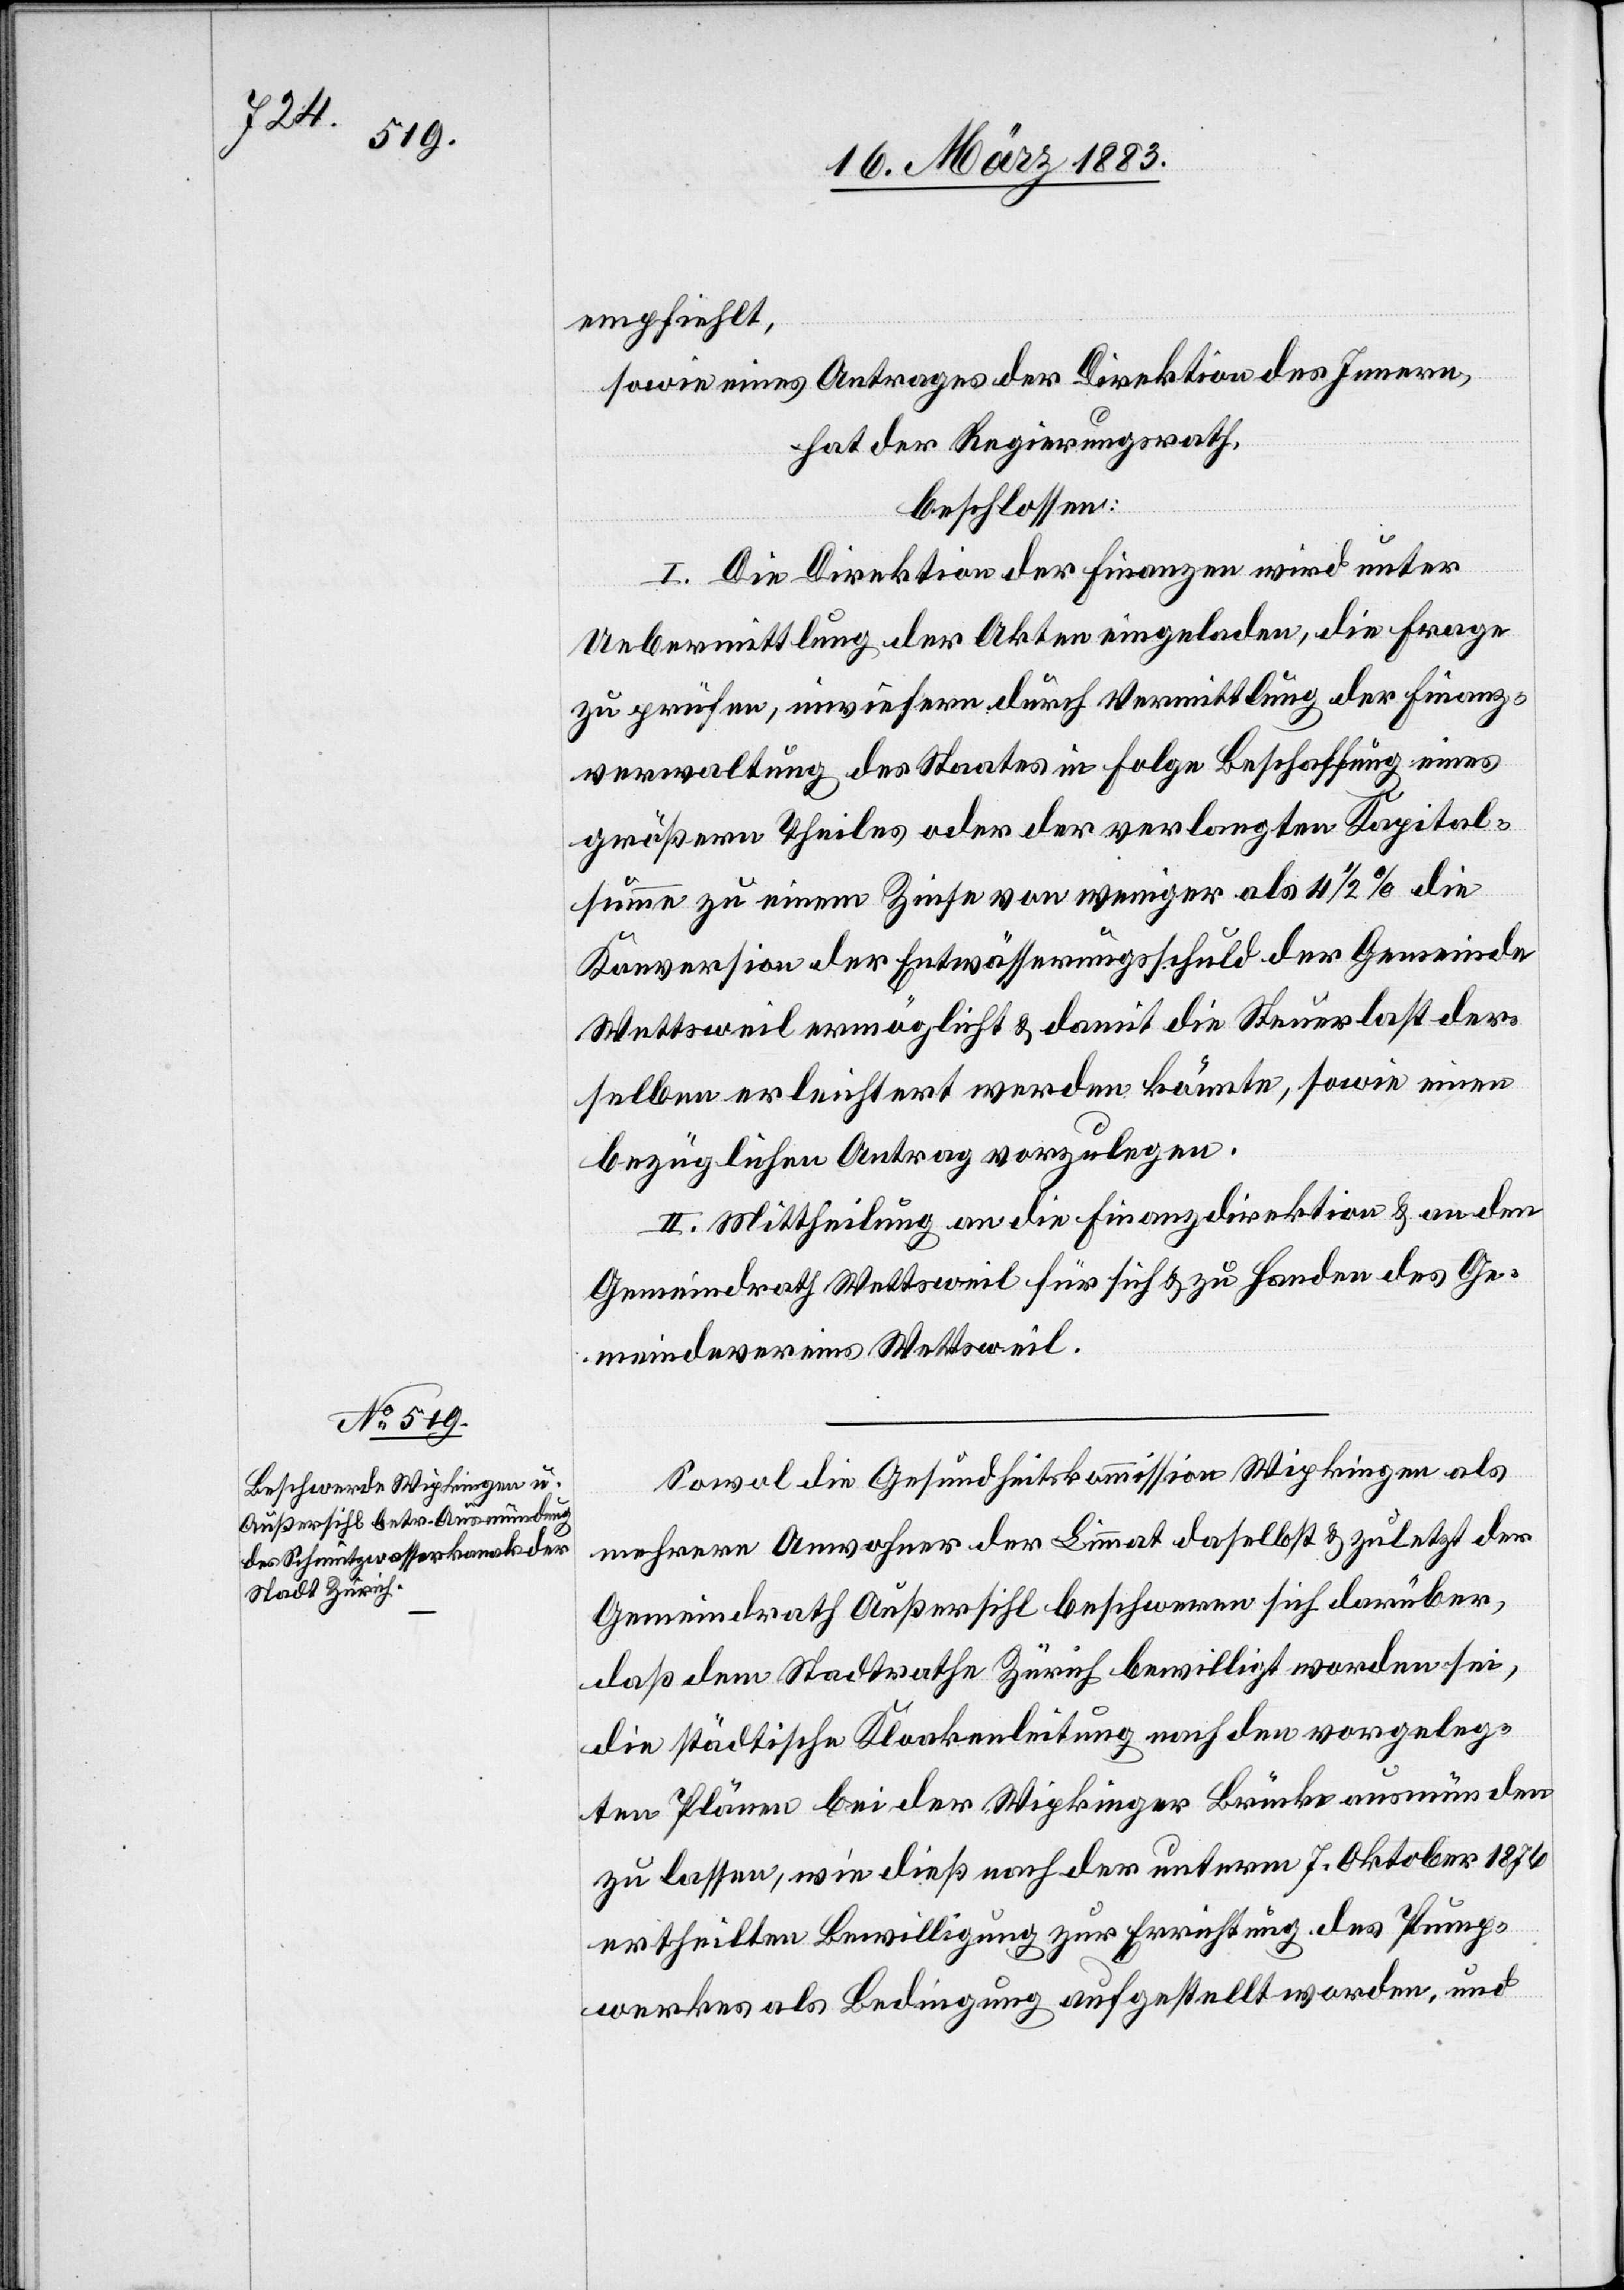
2 d. Mts.

in